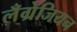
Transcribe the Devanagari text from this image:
लँग्रेजियन